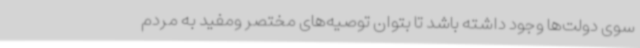
سوی دولت‌ها وجود داشته باشد تا بتوان توصیه‌های مختصر ومفید به مردم